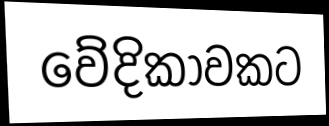
වේදිකාවකට